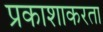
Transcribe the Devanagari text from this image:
प्रकाशाकरता